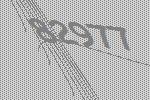
82977